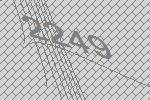
2249